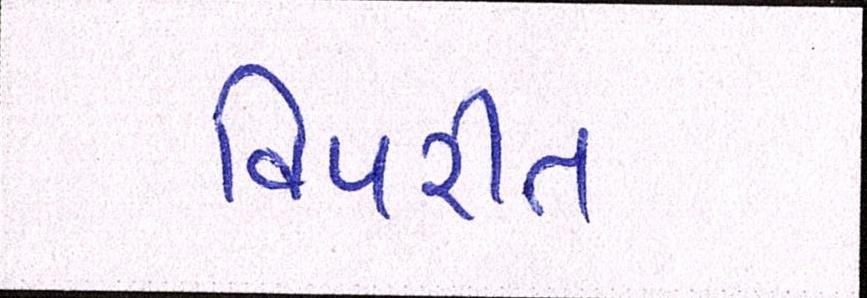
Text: વિપરીત